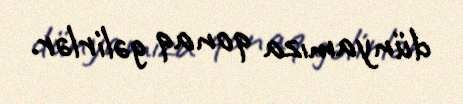
dünyamıza qonaq gəlirlər.